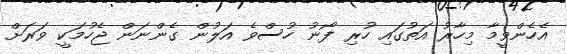
އެހެންވީމާ މިހާރު އަތުގައި ހުރި ފޯނު ހުސްވެ އަލުން ގެންނަން ޖެހުމަކީ ވަރަށް